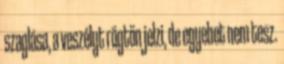
szaglása, a veszélyt rögtön jelzi, de egyebet nem tesz.